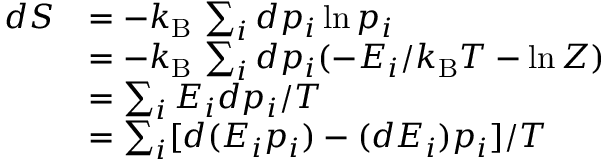
{ \begin{array} { r l } { d S } & { = - k _ { \mathrm { B } } \, \sum _ { i } d p _ { i } \ln p _ { i } } \\ & { = - k _ { \mathrm { B } } \, \sum _ { i } d p _ { i } ( - E _ { i } / k _ { \mathrm { B } } T - \ln Z ) } \\ & { = \sum _ { i } E _ { i } d p _ { i } / T } \\ & { = \sum _ { i } [ d ( E _ { i } p _ { i } ) - ( d E _ { i } ) p _ { i } ] / T } \end{array} }